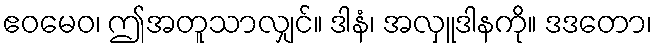
ဧဝမေဝ၊ ဤအတူသာလျှင်။ ဒါနံ၊ အလှူဒါနကို။ ဒဒတော၊